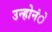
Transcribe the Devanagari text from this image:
उन्होनंे